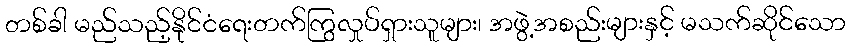
တစ်ခါ မည်သည့်နိုင်ငံရေးတက်ကြွလှုပ်ရှားသူများ၊ အဖွဲ့အစည်းများနှင့် မသက်ဆိုင်သော